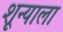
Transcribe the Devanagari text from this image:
शून्याला